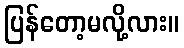
ပြန်တော့မလို့လား။